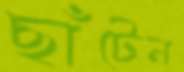
ছাঁটেন